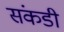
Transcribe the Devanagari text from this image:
संकडी